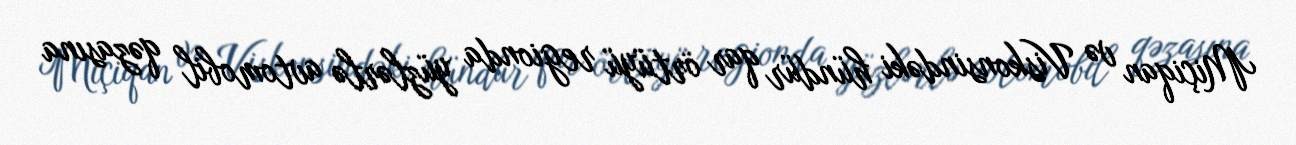
Miçiqan və Viskonsindəki hündür qar örtüyü regionda yüzlərlə avtomobil qəzasına